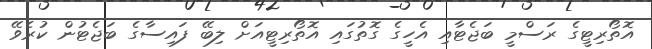
އޮތޯރިޓީގެ ރަސްމީ ބަޖެޓާއި އެހީގެ ގޮތުގައި އޮތޯރިޓީއަށް ލިބޭ ފައިސާގެ ބަޖެޓުން ކުރެވޭ